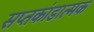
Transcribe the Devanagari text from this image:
सप्तकांडात्मक